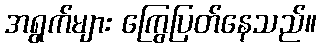
အရွက်များ ကြွေပြတ်နေသည်။